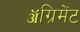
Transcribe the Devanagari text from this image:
ॲग्रिमेंट